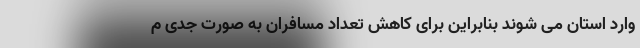
وارد استان می شوند بنابراین برای کاهش تعداد مسافران به صورت جدی م